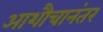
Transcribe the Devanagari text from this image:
आशौचानंतर